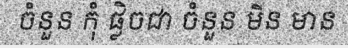
ចំនួន កុំ ផ្លិចជា ចំនួន មិន មាន